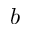
b